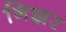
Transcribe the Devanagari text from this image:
निझर